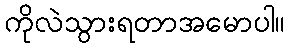
ကိုလဲသွားရတာအမောပါ။